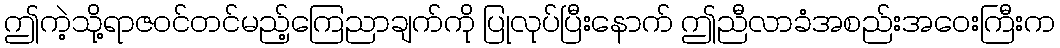
ဤကဲ့သို့ရာဇဝင်တင်မည့်ကြေညာချက်ကို ပြုလုပ်ပြီးနောက် ဤညီလာခံအစည်းအဝေးကြီးက